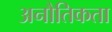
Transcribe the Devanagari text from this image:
अनौतिकता